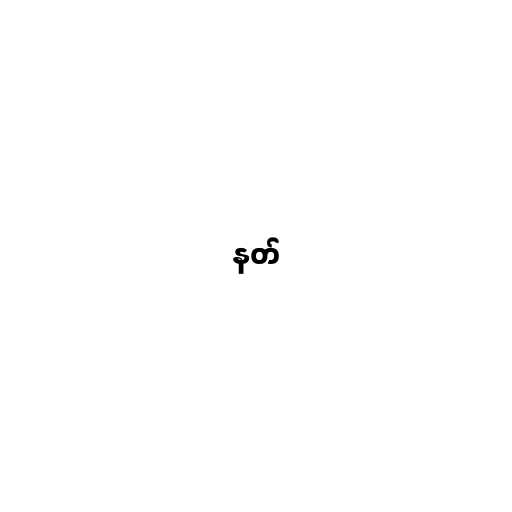
နတ်